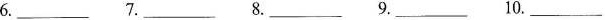
6.___ 7.___ 8.___ 9.___ 10.___